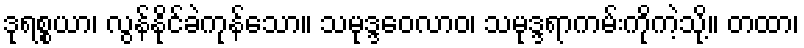
ဒုရစ္စယာ၊ လွန်နိုင်ခဲကုန်သော။ သမုဒ္ဒဝေလာဝ၊ သမုဒ္ဒရာကမ်းကိုကဲ့သို့။ တထာ၊